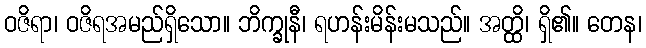
ဝဇိရာ၊ ဝဇိရအမည်ရှိသော။ ဘိက္ခုနီ၊ ရဟန်းမိန်းမသည်။ အတ္ထိ၊ ရှိ၏။ တေန၊